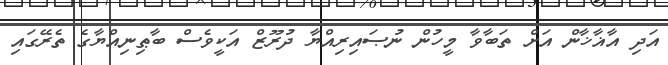
އަދި އާޣާޚާން އަށް ތަބާވާ މީހުން ނުޞައިރިއްޔާ ދުރޫޒް އަކީވެސް ބާޠިނިއްޔާގެ ތެރޭގައި